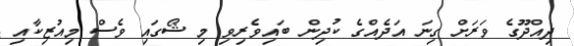
ދިއްދޫގެ ވަރަށް ގިނަ އަދެއްގެ ކުދިން ބައިވެރިވި މި ޝޯގައި ވެސް މިއުޒިކާއި